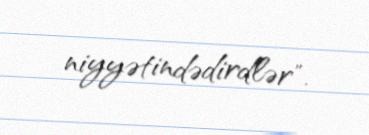
niyyətindədirdlər".